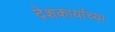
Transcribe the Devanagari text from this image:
देशकार्याच्या